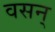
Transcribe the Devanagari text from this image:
वसन्